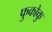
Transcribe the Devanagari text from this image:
फुकोकु